Jaan_Tonisson_(Lasteleht), lk 84
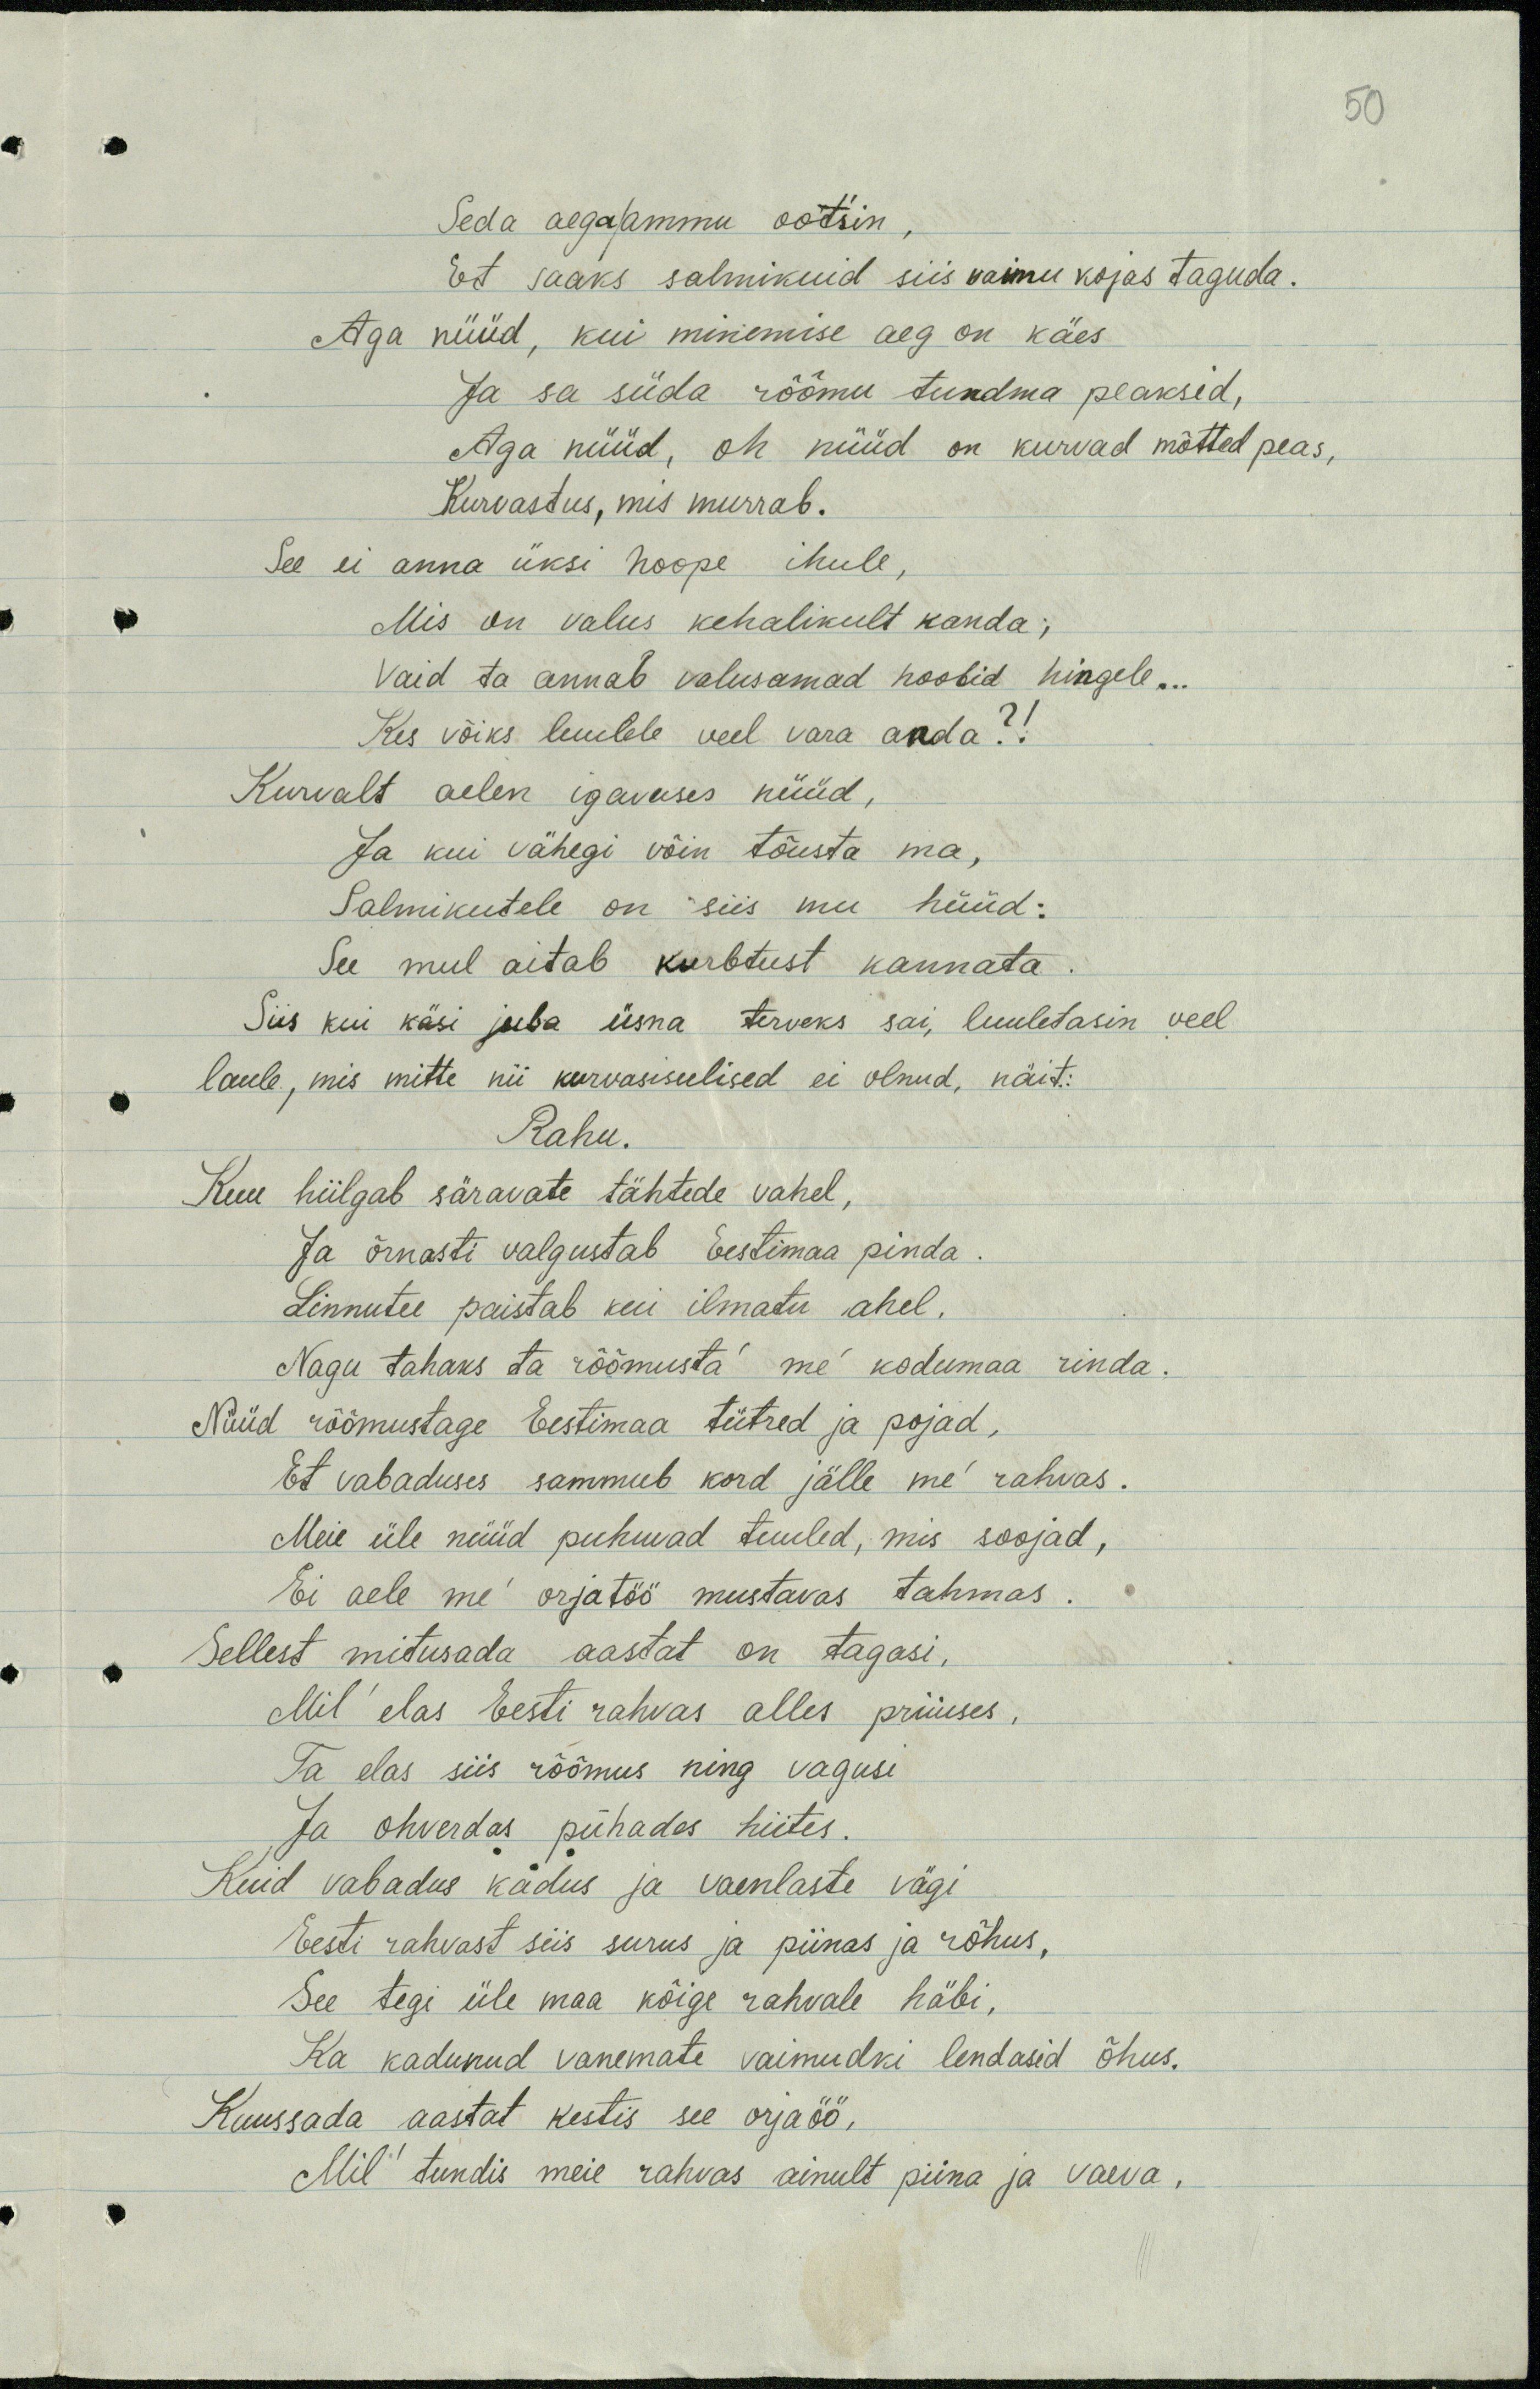
50
Seda aega/ammu ootsin,
Et saaks salmikuid siis vaimu kojas taguda.
Aga nüüd, kui minemise aeg on käes
Ja sa süda rõõmu tundma peaksid,
Aga nüüd, oh nüüd on kurvad mõtted peas,
Kurvastus, mis murrab.
See ei anna üksi hoope ihule,
Mis on valus kehalikult kanda;
Vaid ta annab valusamad hoobid hingele...
Kes võiks luulele veel vara anda?!
Kurvalt aelen igavuses nüüd,
Ja kui vähegi võin tõusta ma,
Salmikutele on siis mu hüüd:
See mul aitab kurbtust kannata.
Siis kui käsi juba üsna terveks sai, luuletasin veel
laule, mis mitte nii kurvasisulised ei olnud, näit:
Rahu.
Kuu hiilgab säravate tähtede vahel,
Ja õrnasti valgustab Eestimaa pinda.
Linnutee paistab kui ilmatu ahel.
Nagu tahaks ta rõõmusta' me' kodumaa rinda.
Nüüd rõõmustage Eestimaa tütred ja pojad,
Et vabaduses sammub kord jälle me rahvas.
Meie üle nüüd puhuvad tuuled, mis soojad,
Ei aele me' orjatöö mustavas tahmas.
Sellest mitusada aastat on tagasi,
Mil' elas Eesti rahvas alles priiuses.
Ta elas siis rõõmus ning vagusi
Ja ohverdas pühades hiites.
Kuid vabadus kadus ja vaenlaste vägi
Eesti rahvast siis surus ja piinas ja rõhus,
See tegi üle maa kõige rahvale häbi,
Ka kadunud vanemate vaimudki lendasid õhus.
Kuussada aastat kestis see orjaöö,
Mil' tundis meie rahvas ainult piina ja vaeva,